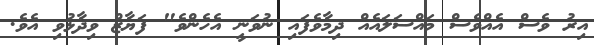
އިރު ވެސް އެއްވެސް މައްސަލައެއް ދިމާވެފައި ނުވަނީ އެހެންވެ" ފަޔާޒް ވިދާޅުވި އެވެ.